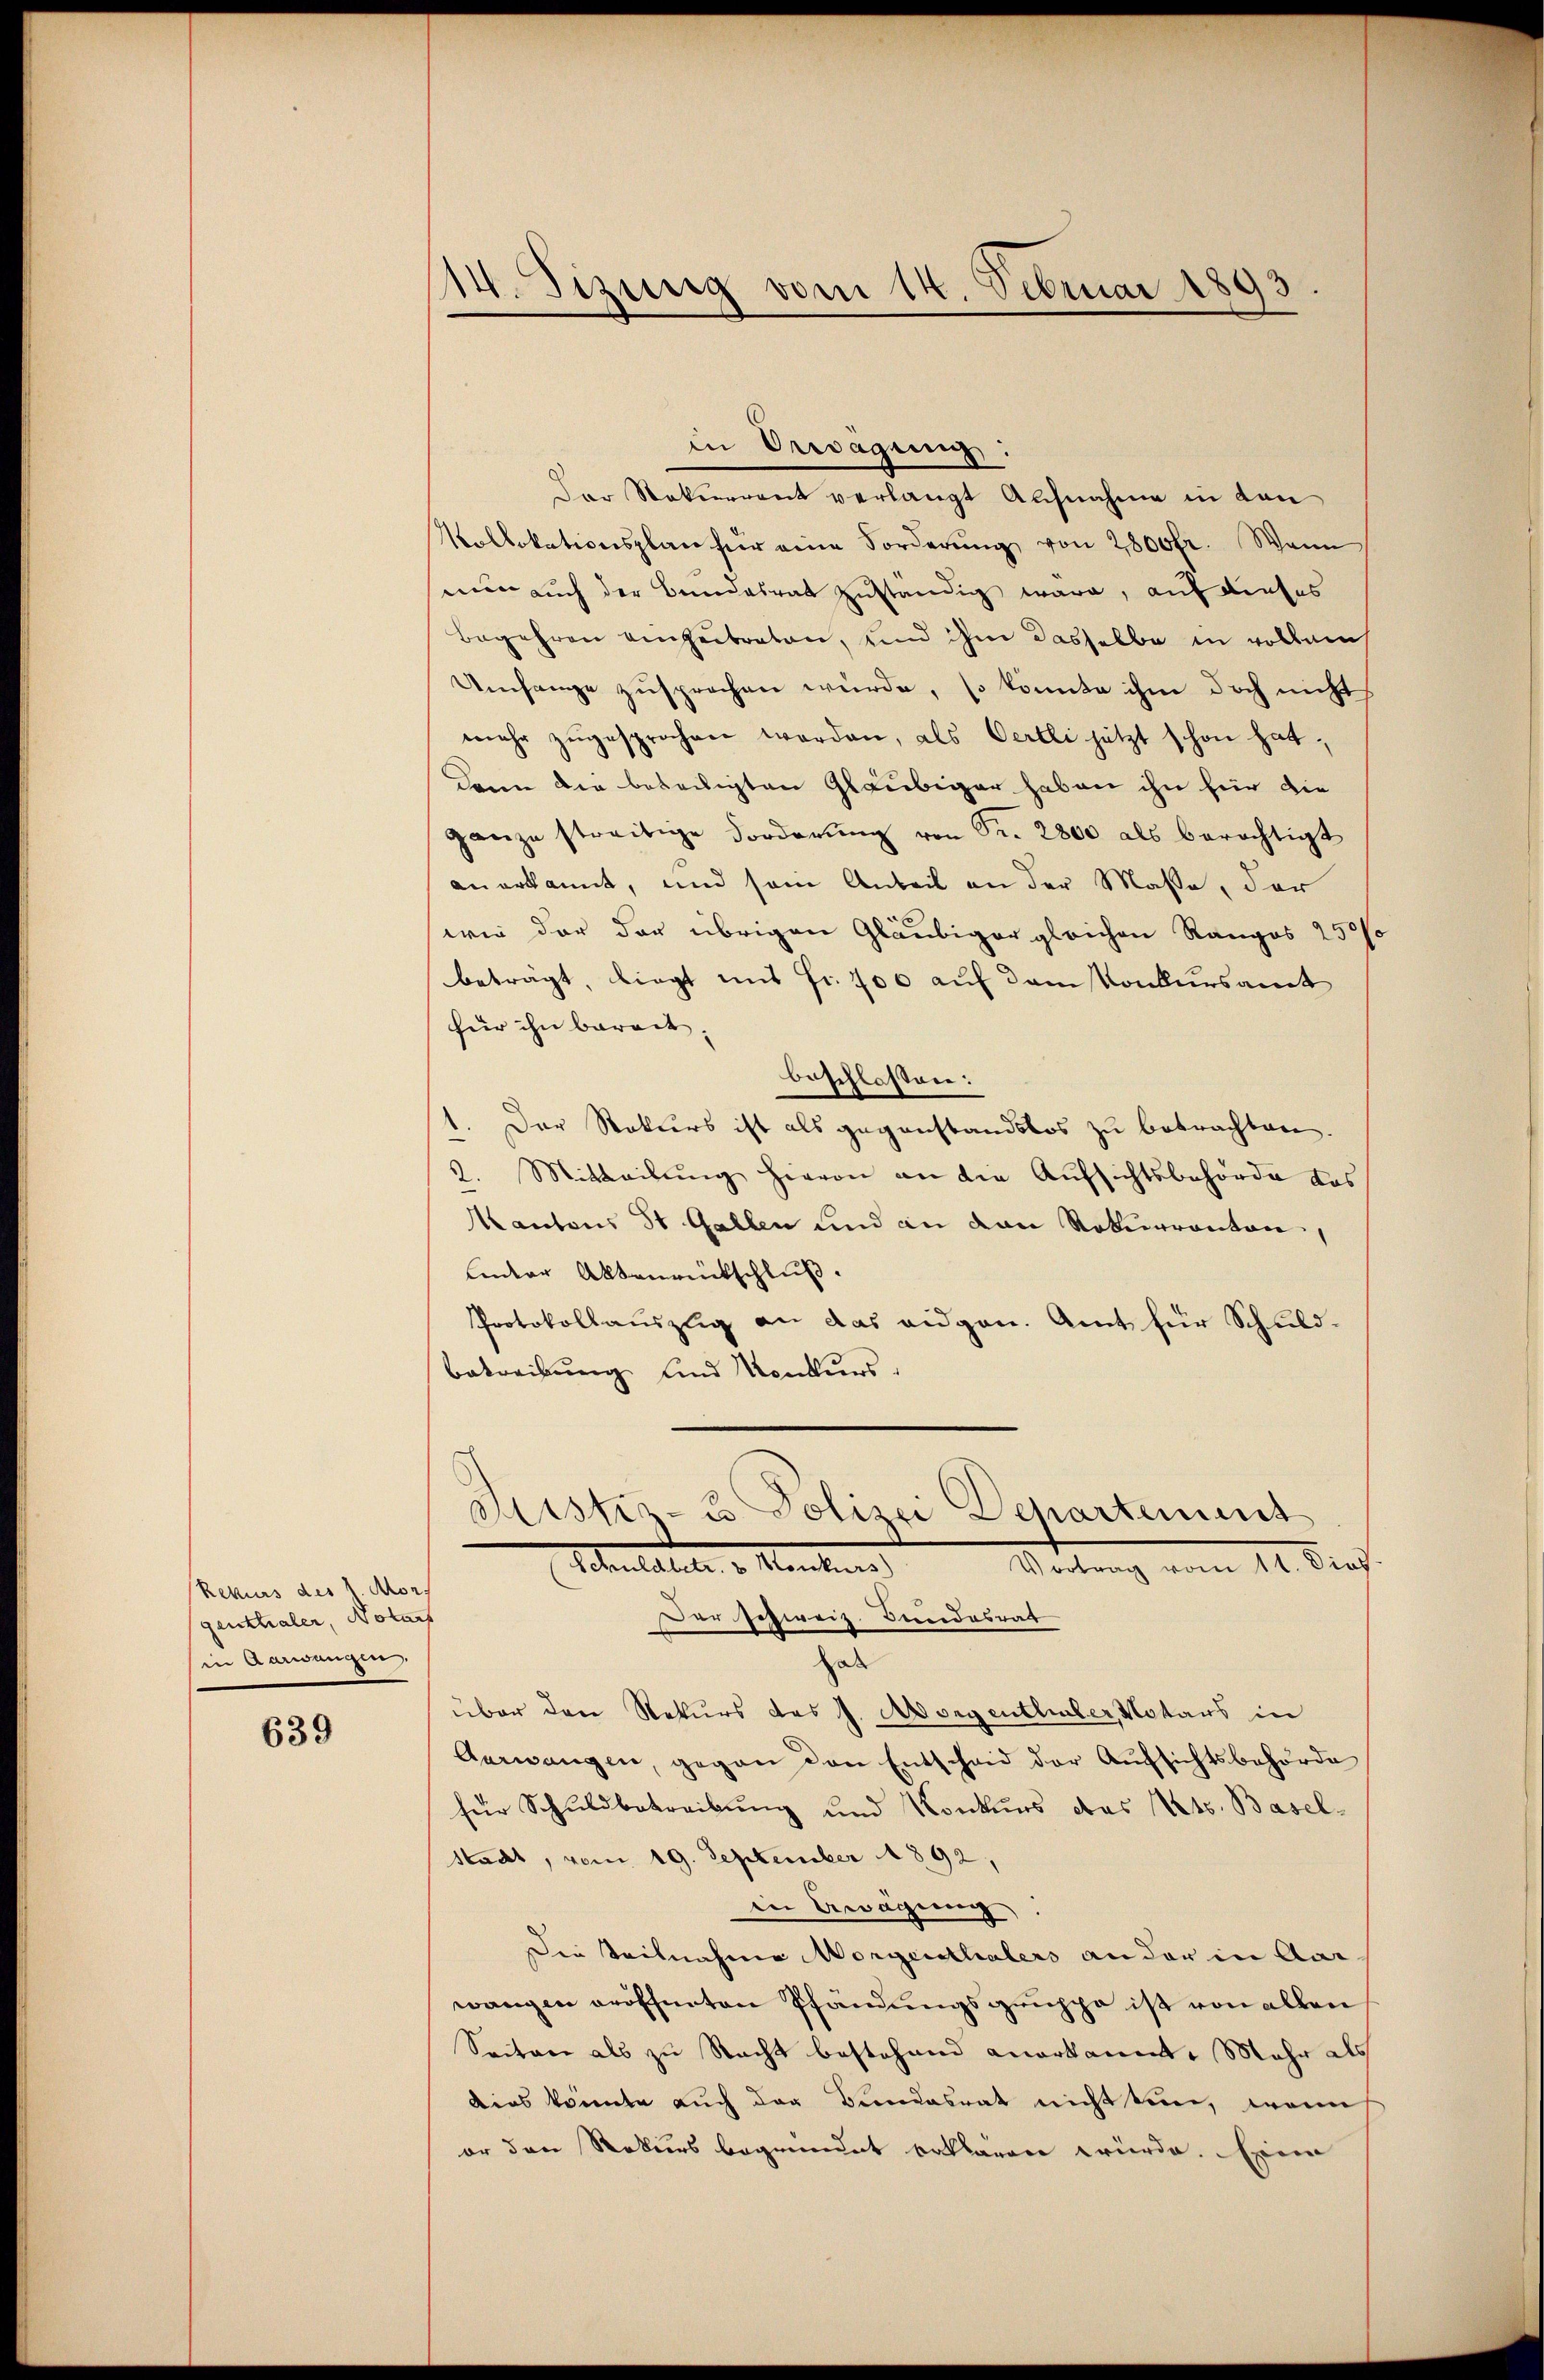
Rekurs des J. Mor
genthaler, Notars
sin Aarwangen.

639

14. Sizung vom 14. Februar 1893

in Erwägung:
Der Rekurrent verlangt Ausnahme in den
Kollokationsplan hier eine Forderŭng von 2800fr. Wenn
mien auch der Bundesrat zuständig ware, auf dieses
Begehren einzutreten, und ihm dasselbe in vollem
Umfange zusprechen würde, so könnte ihm doch nicht
mehr zŭgesprochen werden, als Oertli jetzt schon hat,
dann die beteiligten Gläubiger haben ihn für die
ganze streitige Forderŭng von Fr. 2800 als berechtigt
anerkannt, und sein Anteil an der Masse, der
wie der der übrigen Gläubiger gleichen Rangos 250
beträgt, liegt mit Fr. 100 auf dem Konkursamt
für ihn bereit.
beschlossen:
1. Der Rekurs ist als gegenstandslos zu betrachten.
2. Mitteilung hievon an die Aufsichtsbehörde das
Kantons St. Gallen und an den Rekurrenten,
Ender Aktenrückschluß.
Protokollauszug an das eidgen. Amt für Schuldbetreibung und Konkurs-
Justiz- & Polizei Departement
Stentatier v. Manten
Wertung vom 14. der
Der schweiz. Bundesrat
al
über den Rekurs des J. Morgentliber, Notars in
Aarwangen gegen den Entscheid der Aŭfsichtsbehörde
für Schuldbetreibung und Konkurs das Kts. Baselstadt, vom 19. September 1892.
in Beragerung
Die Teilnahme Morgenthalers an der in Aar-
wangen eröffneten Pfändungsgruppe ist von allen
Seiten als zu Nacht bestehend anerkannt, Mehr als
Dies könnte auch der Bundesrat nicht tun, wenn
or den Rekurs begründet erklären würde. Ein